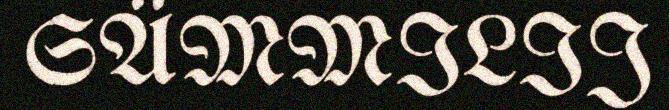
SÄMMILIJ